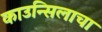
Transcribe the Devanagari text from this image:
काउन्सिलाचा